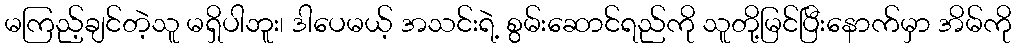
မကြည့်ချင်တဲ့သူ မရှိပါဘူး၊ ဒါပေမယ့် အသင်းရဲ့ စွမ်းဆောင်ရည်ကို သူတို့မြင်ပြီးနောက်မှာ အိမ်ကို